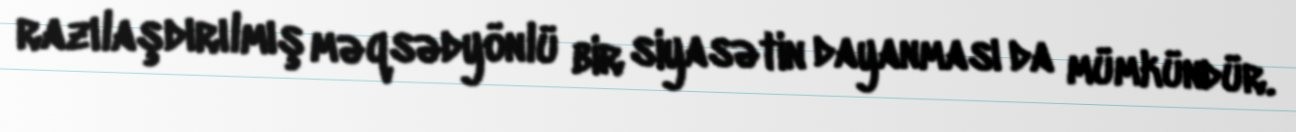
razılaşdırılmış məqsədyönlü bir siyasətin dayanması da mümkündür.